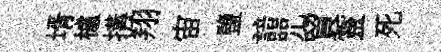
壻櫨搆翔宙鹽諳咒貿靈死